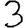
Digit: 3